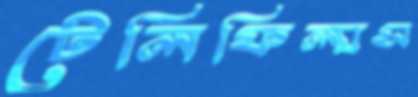
টেলিফিল্মস